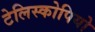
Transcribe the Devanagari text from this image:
टेलिस्कोपियो